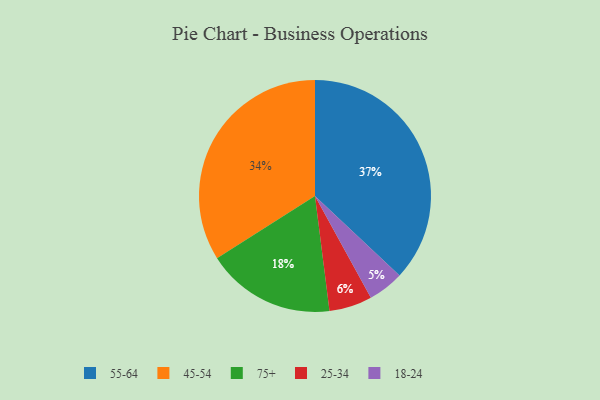
{"axis": {"x": "Category", "y": "Percentage"}, "legend": ["18-24", "25-34", "45-54", "55-64", "75+"], "data": [{"x": "18-24", "y": 5, "type": "18-24"}, {"x": "55-64", "y": 37, "type": "55-64"}, {"x": "75+", "y": 18, "type": "75+"}, {"x": "25-34", "y": 6, "type": "25-34"}, {"x": "45-54", "y": 34, "type": "45-54"}]}